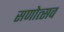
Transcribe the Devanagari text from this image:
सणोत्सव